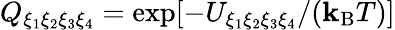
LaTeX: Q_{\xi_{1}\xi_{2}\xi_{3}\xi_{4}}=\exp[-U_{\xi_{1}\xi_{2}\xi_{3}\xi_{4}}/(\mathbf{k}_{\mathrm{{B}}}T)]